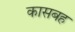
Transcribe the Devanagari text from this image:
कासबह